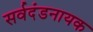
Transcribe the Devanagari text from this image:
सर्वदंडनायक